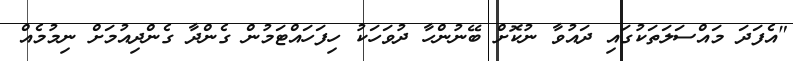
"އެފަދަ މައްސަލަތަކުގައި ދައުވާ ނުކޮށް ބޭނުންހާ ދުވަހަކު ހިފަހައްޓަމުން ގެންދާ ގެންދިއުމަށް ނިމުމެއް